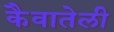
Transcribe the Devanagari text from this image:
कैवातेली